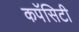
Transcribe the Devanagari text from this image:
कपॅसिटी